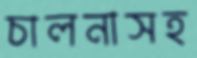
চালনাসহ